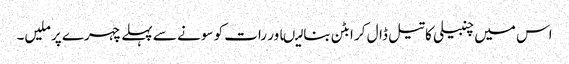
اس میں چنبیلی کا تیل ڈال کر ابٹن بنا لیںاور رات کو سونے سے پہلے چہرے پر ملیں۔